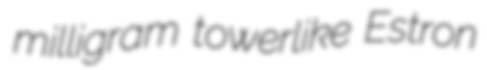
milligram towerlike Estron